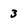
Character: 3